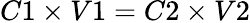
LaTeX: C1\times V1=C2\times V2